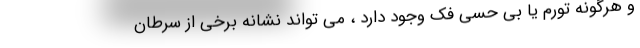
و هرگونه تورم یا بی حسی فک وجود دارد ، می تواند نشانه برخی از سرطان